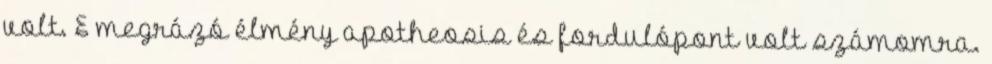
volt. E megrázó élmény apotheosis és fordulópont volt számomra.